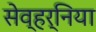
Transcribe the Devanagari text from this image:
सेव्हर्निया